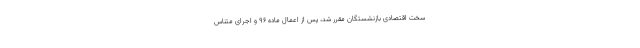
سخت اقتصادی بازنشستگان مقرر شد، پس از اعمال ماده ۹۶ و اجرای متناس